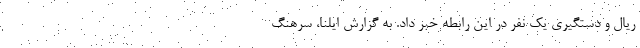
ریال و دستگیری یک نفر در این رابطه خبر داد. به گزارش ایلنا، سرهنگ